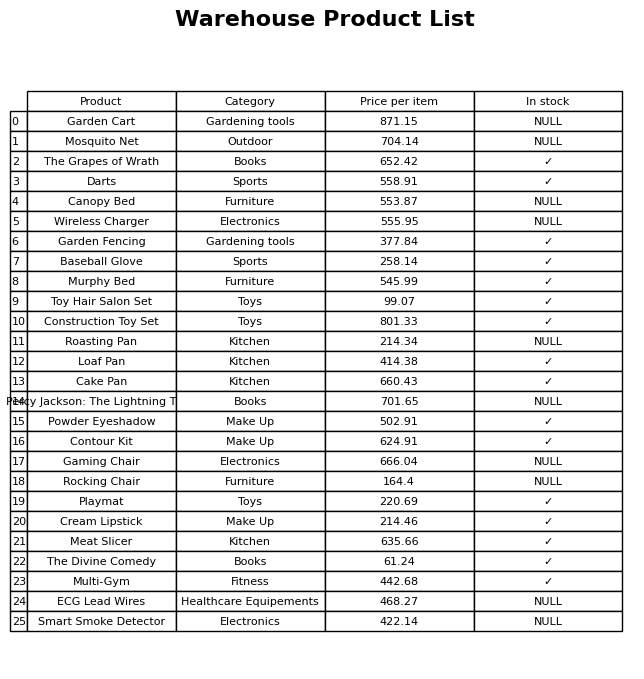
question: What is the price for The Grapes of Wrath?
answer: The price of The Grapes of Wrath is 652.42.